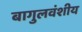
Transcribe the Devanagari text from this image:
बागुलवंशीय